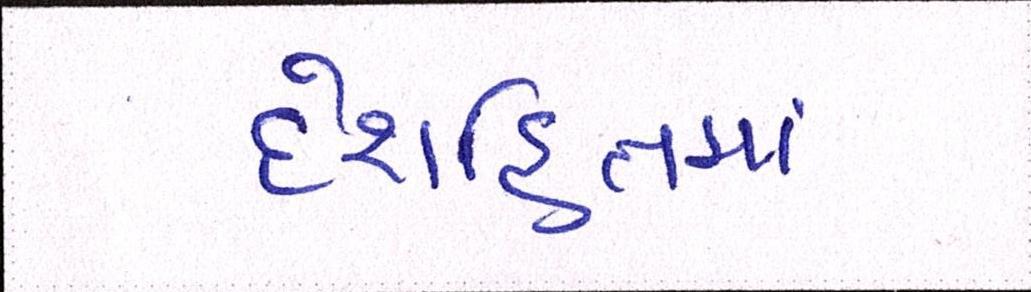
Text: દેશહિતમાં